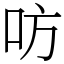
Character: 㕫